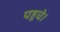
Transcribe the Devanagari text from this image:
पहूचे।